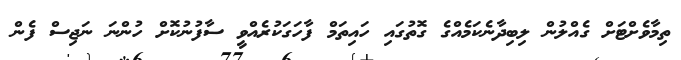
ތިމާވެށްޓަށް ގެއްލުން ލިބިދާނެކަމެއްގެ ގޮތުގައި ހައިތަމް ފާހަގަކުރެއްވީ ސާފުނުކޮށް ހުންނަ ނަޖިސް ފެން